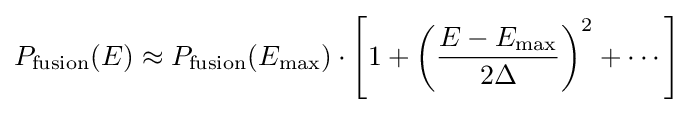
P_{\text{fusion}}(E)\approx P_{\text{fusion}}(E_{\text{max}})\cdot \left[1+\left({\frac {E-E_{\rm {max}}}{2\Delta }}\right)^{2}+\cdots \right]